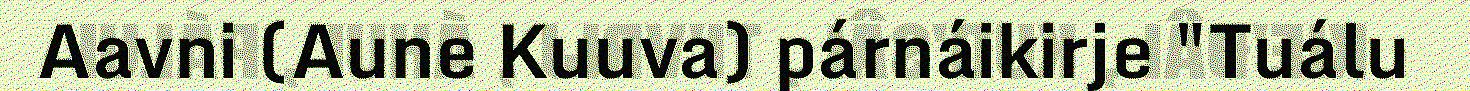
Aavni (Aune Kuuva) párnáikirje "Tuálu